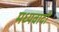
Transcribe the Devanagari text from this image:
मध्यवादी